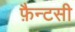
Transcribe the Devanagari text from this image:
फ़ैन्टसी